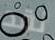
لقد